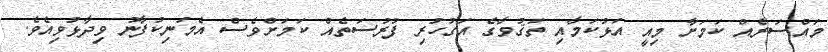
މައްސަރެއް ކަމަށާ މިއީ އަޅުކަމާއި ތަޤުވާގެ އަގުހުރި ފުރުސަތެއް ކަމަށްވެސް އެމަނިކުފާނު ވިދާޅުވިއެވެ.